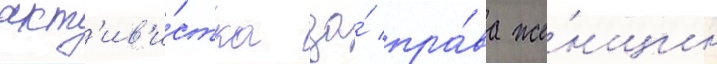
акт'ив'и́стка за́ пра́ва же́нщин